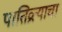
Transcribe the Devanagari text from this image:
पातिव्रत्याचा